Report on the administration of the Government Cinchona Department 1892-98
Year: 1892
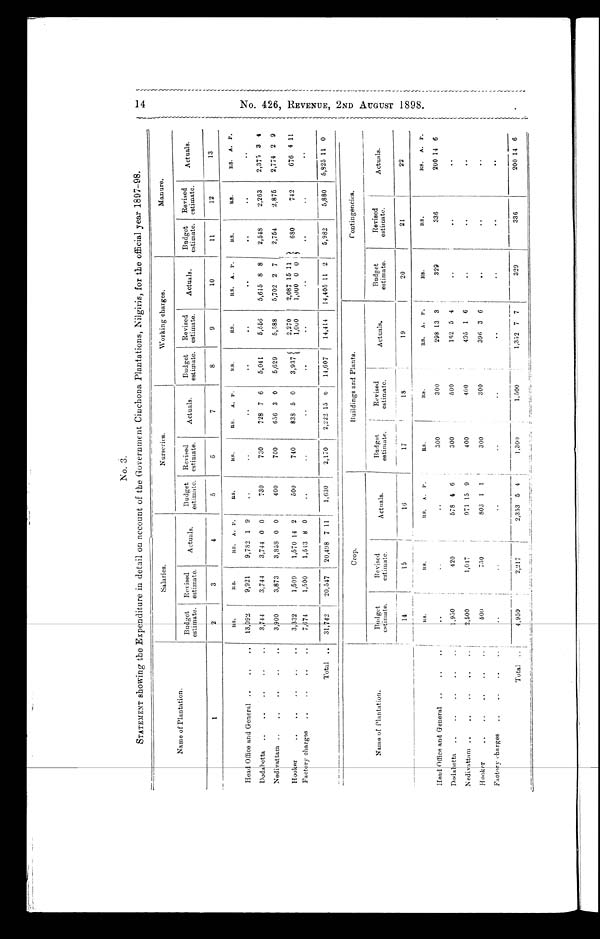
1 4 N o . 4 2 6 , R E V E N U E , 2 N D A U G U S T 1 8 9 8 .
No. 3.
STATEMENT showing the Expenditure in detail on account of the Government Cinchona Plantations, Nilgiris, for the official year 1897-98.
Salaries.
Nurseries.
Working charges.
Manure.
Name of Plantation.
Budget
estimate.
Revised
estimate.
Actuals.
Budget
estimate.
Revised
estimate
Actuals.
Budget
estimate.
Revised
estimate.
Actuals.
Budget
estimate.
Revised
estimate.
Actuals.
1
2
3
4
5
6
7
8
9
10
11
12
13
Head Office and General . .
. .
. .
RS.
13,092
RS.
9,921
RS.
9,782
A.
1
1'.
9
RS.
..
RS.
. .
R.S.
..
A. P.
RS.
..
RS.
. . RS.
..
A. 1'.
RS.
..
RS.
. .
RS.
. .
A.
. .
P.
. .
Dodabetta
..
..
..
..
. .
3,744
3,744
3,744 0 0
730
730
728 7 6
5,041
5,556
5,615 8 8
2,548
2,263
2,375 3 4
Nedivattam ..
..
..
..
..
3,900
3,873
3,858 0 0
400
700
656 3 0
6,629
5,588
5,702 2 7
2,754
2,875
2,774
2
9
Hooker
..
..
..
..
..
3,332
1,509
1,570 14 2
500
740
838 5 0
3,937
2,270
1,000
2,087
1,000
15
0
11
0
680
742
676 4 11
Factory charges
..
..
..
..
7,374
1,500
1,543 8
0
. .
. . ..
..
. .
. .
..
..
. .
Total ..
31,742
20,547
2 0,408 7
1 1
1,630
2,170 2 ,222 15
6
1 4 , 6 0 7
14,414
14,405 11
2
5,982
5,880
5,825 11 0
Crop.
Buildings and Plants.
Contingencies.
Name of Plantation.
Budget
estimate.
Revised
estimate.
Actuals.
B udget
estimate.
Revised
estimate.
Actuals.
Budget
estimate.
Revised
estimate.
Actuals.
14
15
16
17
18
19
20
21
22
RS.
R S .
RS. A. P.
RS.
R S .
RS. A. P.
R S .
RS.
RS. A. P.
Head Office and General ..
..
..
..
..
300
300
298 13 3
329
336
200 14 6
Dodabetta
..
..
..
..
1 , 9 5 0
420
578 4 6
300
500
162 5 4
..
..
..
Nedivattam ..
..
..
..
2 , 5 0 0
1,047
971 15 9
400
400
495 1
..
..
. .
Hooker.. .. .. ..
5 0 0
750
803 1 1 1
300
300
396 3 6
. .
. .
. .
Factory charges .. .. .. ..
. .
. .
..
..
..
. .
..
. .
. .
Total ..
4,950
2,217
2,353 5 4
1,300
1,500
1,352 7 7
329
336
200 14 6